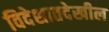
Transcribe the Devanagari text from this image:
विदेशातदेखील